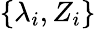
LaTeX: \{ \lambda_{i},Z_{i}\}